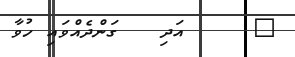
٢     އަދި   ގަންދެއްވައި ހުވާ